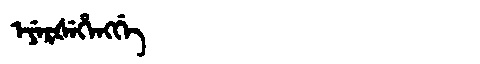
Manchu: ᡝᠶᡝᡵᡧᡝᡥᡝᠩᡤᡝ
Romanization: EYERŠEHENGGE